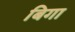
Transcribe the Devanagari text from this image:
बिगा